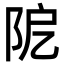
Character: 阸